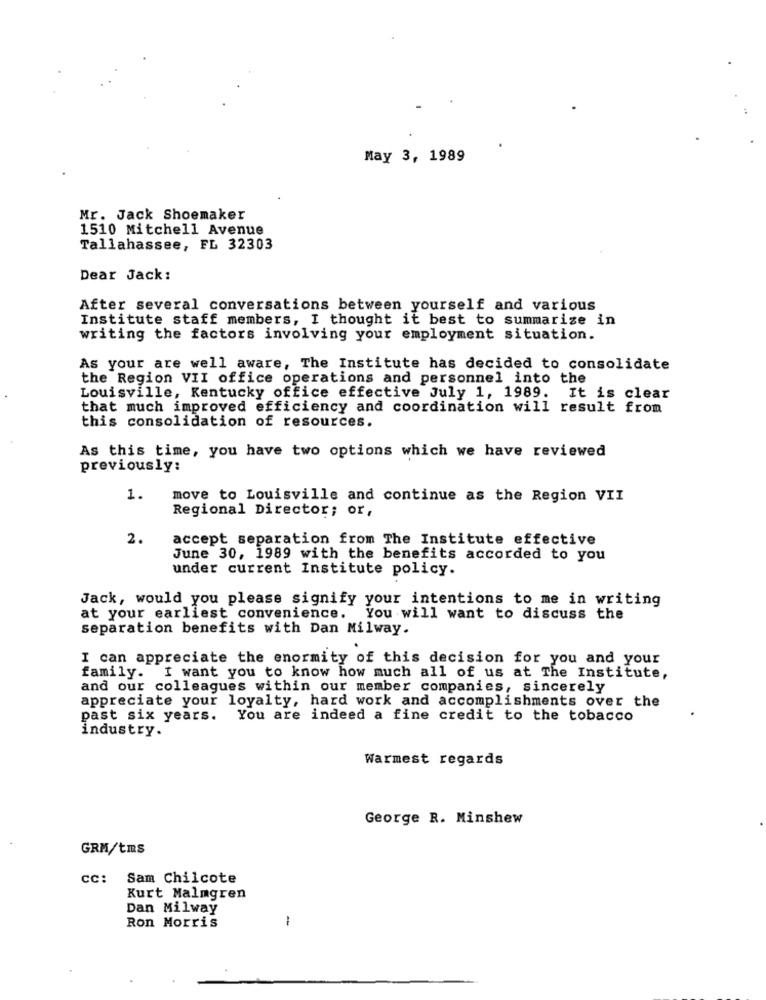
May 3, 1989
Mr. Jack Shoemaker
1510 Mitchell Avenue
Tallahassee, FL 32303
Dear Jack:
After several conversations between yourself and various
Institute staff members, I thought it best to summarize in
writing the factors involving your employment situation.
As your are well aware, The Institute has decided to consolidate
the Region VII office operations and personnel into the
Louisville, Kentucky office effective July 1, 1989. It is clear
that much improved efficiency and coordination will result from
this consolidation of resources.
As this time, you have two options which we have reviewed
previously:
1.
move to Louisville and continue as the Region VII
Regional Director; or,
2.
accept separation from The Institute effective
June 30, 1989 with the benefits accorded to you
under current Institute policy.
Jack, would you please signify your intentions to me in writing
at your earliest convenience. You will want to discuss the
separation benefits with Dan Milway.
I can appreciate the enormity of this decision for you and your
family. I want you to know how much all of us at The Institute,
and our colleagues within our member companies, sincerely
appreciate your loyalty, hard work and accomplishments over the
past six years. You are indeed a fine credit to the tobacco
industry.
Warmest regards
George R. Minshew
GRM/tms
CC: Sam Chilcote
Kurt Malmgren
Dan Milway
Ron Morris
-